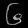
Digit: ၆